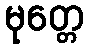
မုတ္တေ